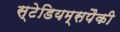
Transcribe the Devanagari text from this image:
स्टेडियम्सपैकी